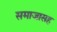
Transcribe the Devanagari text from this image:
समाजासह